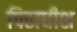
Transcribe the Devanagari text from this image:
पिठाधीश